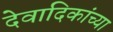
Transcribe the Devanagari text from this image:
देवादिकांच्या